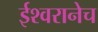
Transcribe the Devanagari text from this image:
ईश्वरानेच